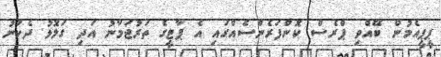
ޕީޕީއެމުން ބޭއްވި ޕްރެސް ކޮންފަރެންސެއްގައި އެ ޕާޓީގެ ތަރުޖަމާނު އަދި ގަލޮޅު ދެކުނު